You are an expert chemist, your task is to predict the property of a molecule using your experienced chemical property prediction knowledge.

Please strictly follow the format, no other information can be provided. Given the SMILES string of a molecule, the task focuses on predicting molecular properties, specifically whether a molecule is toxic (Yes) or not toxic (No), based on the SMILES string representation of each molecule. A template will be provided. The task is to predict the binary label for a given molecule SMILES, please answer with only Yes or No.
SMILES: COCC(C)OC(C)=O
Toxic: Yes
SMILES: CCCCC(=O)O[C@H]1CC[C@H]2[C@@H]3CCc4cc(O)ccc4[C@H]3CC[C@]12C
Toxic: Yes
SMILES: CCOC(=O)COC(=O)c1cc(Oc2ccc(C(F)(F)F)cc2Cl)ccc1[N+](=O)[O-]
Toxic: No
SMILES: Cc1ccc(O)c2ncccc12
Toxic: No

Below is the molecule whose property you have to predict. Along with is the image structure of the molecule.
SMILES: CCOCCOC(=O)C=Cc1ccc(OC)cc1
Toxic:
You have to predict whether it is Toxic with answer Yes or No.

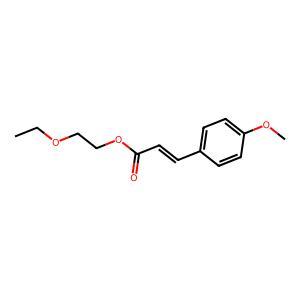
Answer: No